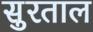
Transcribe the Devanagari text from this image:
सुरताल